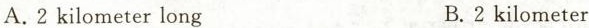
A.2 kilometer long B.2 kilometer